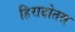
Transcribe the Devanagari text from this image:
हिरादोतस